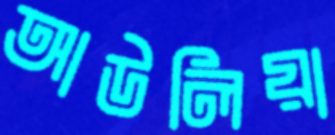
আউলিয়া